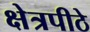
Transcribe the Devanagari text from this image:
क्षेत्रपीठे